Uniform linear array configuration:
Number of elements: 8
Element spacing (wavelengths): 0.75
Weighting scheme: uniform
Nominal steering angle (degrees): -45
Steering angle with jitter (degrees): -43.446
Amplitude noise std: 0.05
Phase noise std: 0.05

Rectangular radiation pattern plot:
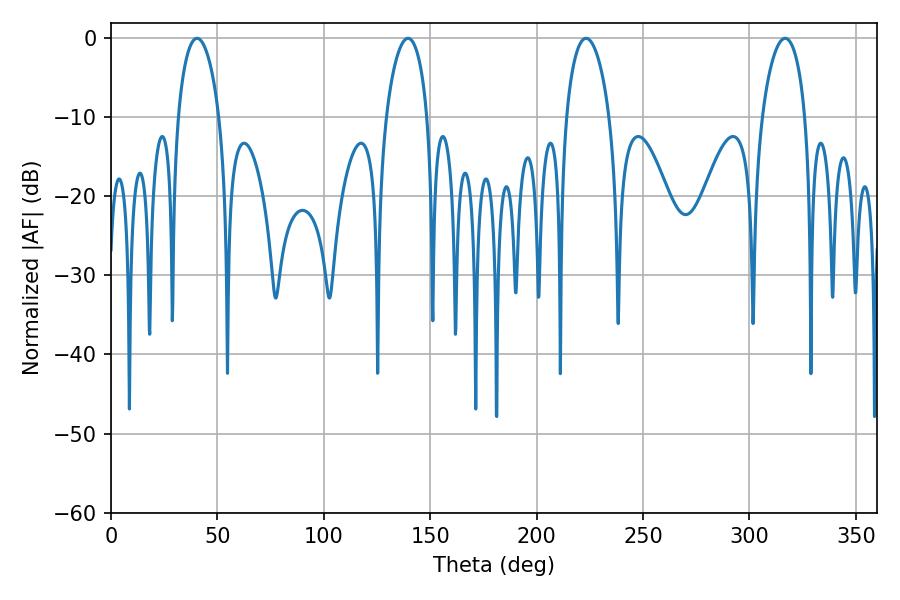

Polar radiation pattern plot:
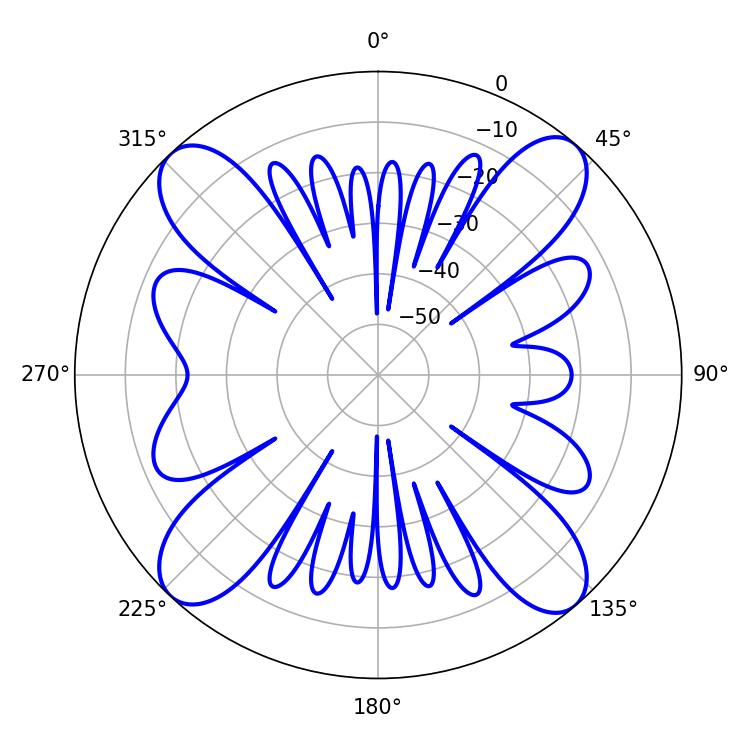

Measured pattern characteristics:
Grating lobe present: TRUE
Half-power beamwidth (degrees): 11.7
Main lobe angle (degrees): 316.8